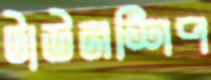
টাউনশিপ